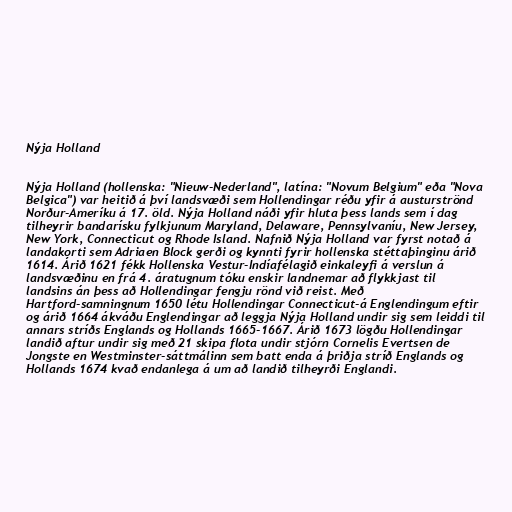
Nýja Holland

Nýja Holland (hollenska: "Nieuw-Nederland", latína: "Novum Belgium" eða "Nova
Belgica") var heitið á því landsvæði sem Hollendingar réðu yfir á austurströnd
Norður-Ameríku á 17. öld. Nýja Holland náði yfir hluta þess lands sem í dag
tilheyrir bandarísku fylkjunum Maryland, Delaware, Pennsylvaníu, New Jersey,
New York, Connecticut og Rhode Island. Nafnið Nýja Holland var fyrst notað á
landakorti sem Adriaen Block gerði og kynnti fyrir hollenska stéttaþinginu árið
1614. Árið 1621 fékk Hollenska Vestur-Indíafélagið einkaleyfi á verslun á
landsvæðinu en frá 4. áratugnum tóku enskir landnemar að flykkjast til
landsins án þess að Hollendingar fengju rönd við reist. Með
Hartford-samningnum 1650 létu Hollendingar Connecticut-á Englendingum eftir
og árið 1664 ákváðu Englendingar að leggja Nýja Holland undir sig sem leiddi til
annars stríðs Englands og Hollands 1665-1667. Árið 1673 lögðu Hollendingar
landið aftur undir sig með 21 skipa flota undir stjórn Cornelis Evertsen de
Jongste en Westminster-sáttmálinn sem batt enda á þriðja stríð Englands og
Hollands 1674 kvað endanlega á um að landið tilheyrði Englandi.